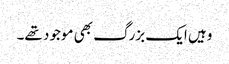
وہیں ایک بزرگ بھی موجود تھے۔